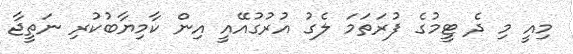
މިއީ މި ދެ ޓީމުގެ ފުރަތަމަ ލެގު އުރުގުއޭއީ އިން ކާމިޔާބުކުރި ނަތީޖާ